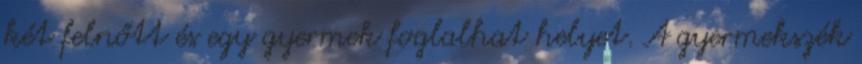
két felnőtt és egy gyermek foglalhat helyet. A gyermekszék